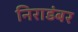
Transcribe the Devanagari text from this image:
निराडंबर